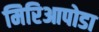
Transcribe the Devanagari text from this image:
मिरिआपोडा